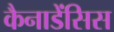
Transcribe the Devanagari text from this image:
कैनाडेंसिस